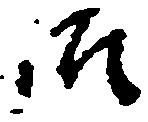
御